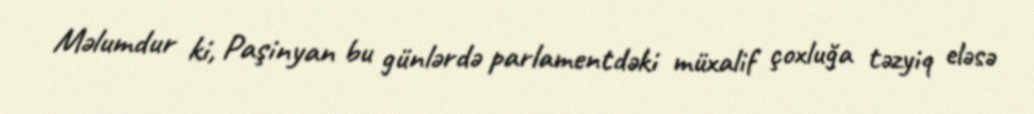
Məlumdur ki, Paşinyan bu günlərdə parlamentdəki müxalif çoxluğa təzyiq eləsə